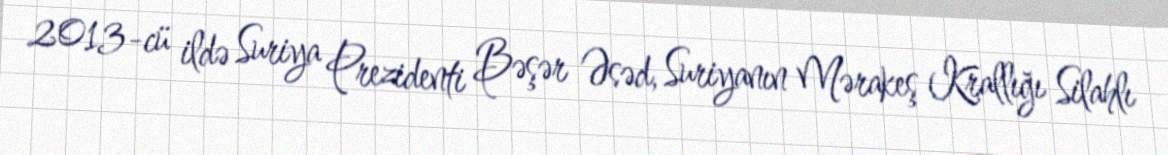
2013-cü ildə Suriya Prezidenti Bəşər Əsəd, Suriyanın Mərakeş Krallığı Silahlı